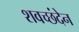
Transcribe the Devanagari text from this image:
शवच्छंदेन